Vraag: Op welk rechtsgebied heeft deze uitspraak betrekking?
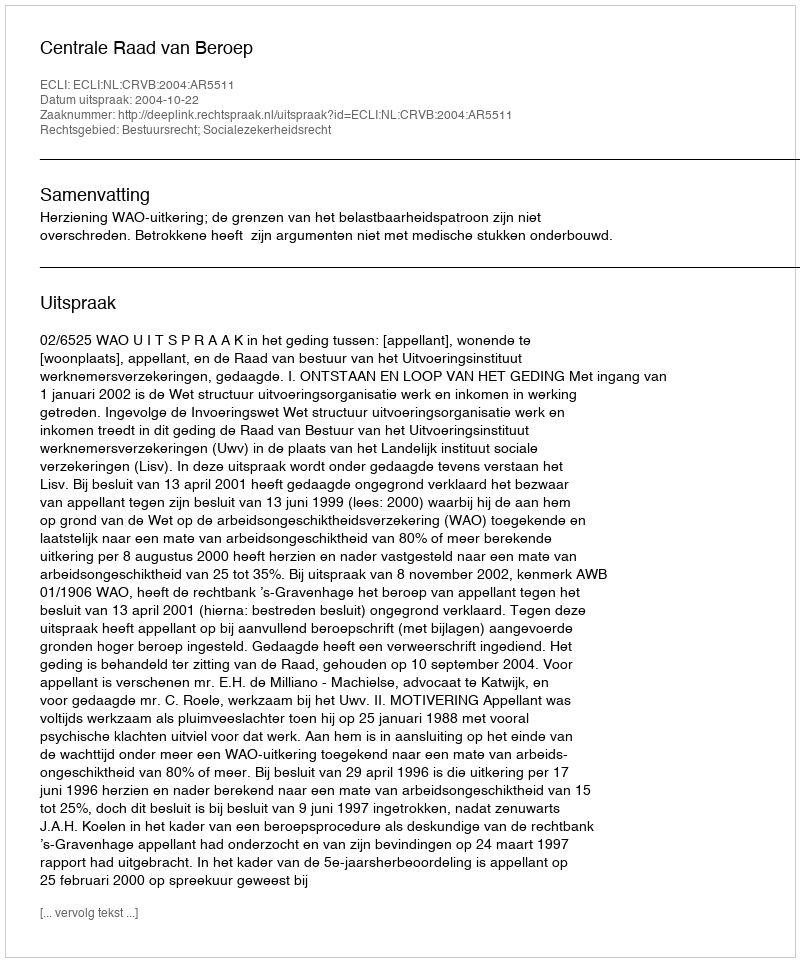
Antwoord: Bestuursrecht; Socialezekerheidsrecht